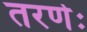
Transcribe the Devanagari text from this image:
तरणेः